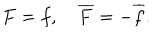
F = f , \quad \overline { { F } } = - \overline { { f } } .